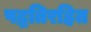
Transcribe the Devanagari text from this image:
पद्धतिरहित